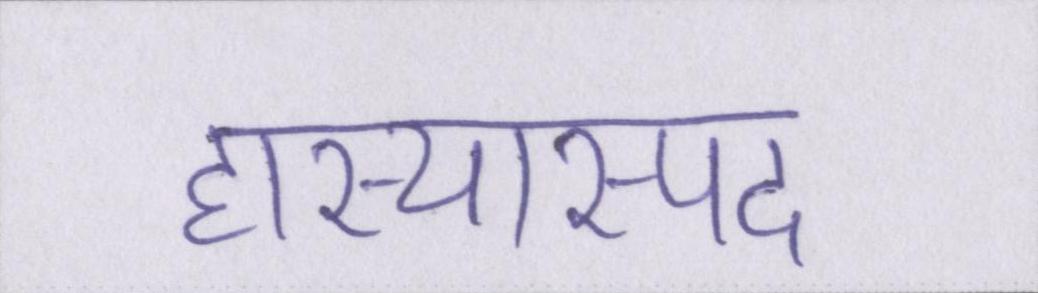
हास्यास्पद